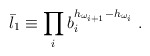
\begin{align*} \bar l_1 \equiv \prod_i b_i^{h_{\omega_{i+1}}-h_{\omega_{i}}} \;.\end{align*}